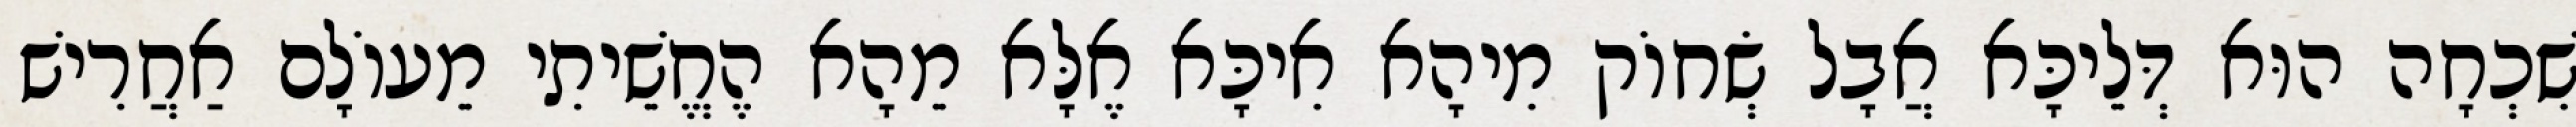
שִׁכְחָה הוּא דְּלֵיכָּא אֲבָל שְׂחוֹק מִיהָא אִיכָּא אֶלָּא מֵהָא הֶחֱשֵׁיתִי מֵעוֹלָם אַחֲרִישׁ